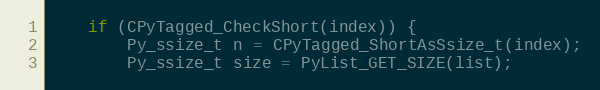
Language: C
    if (CPyTagged_CheckShort(index)) {
        Py_ssize_t n = CPyTagged_ShortAsSsize_t(index);
        Py_ssize_t size = PyList_GET_SIZE(list);